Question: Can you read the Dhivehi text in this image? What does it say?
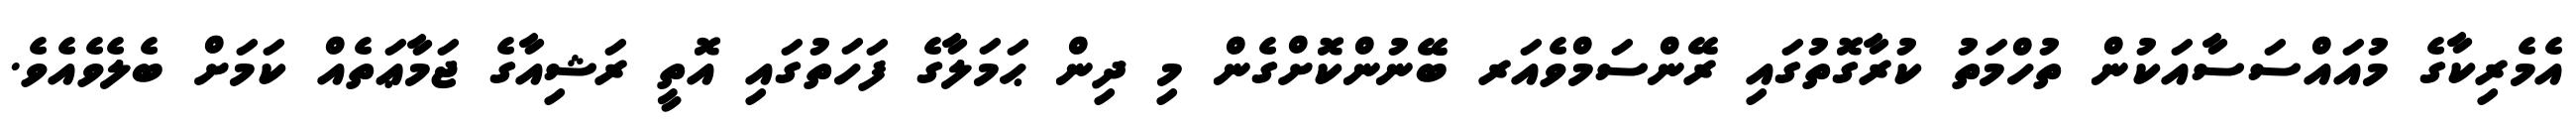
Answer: އެމެރިކާގެ މުއައްސަސާއަކުން ތުހްމަތު ކުރާގޮތުގައި ރޭންސަމްވެއަރ ބޭނުންކޮށްގެން މި ދިން ޙަމަލާގެ ފަހަތުގައި އޮތީ ރަޝިއާގެ ޖަމާޢަތެއް ކަމަށް ބެލެވެއެވެ.